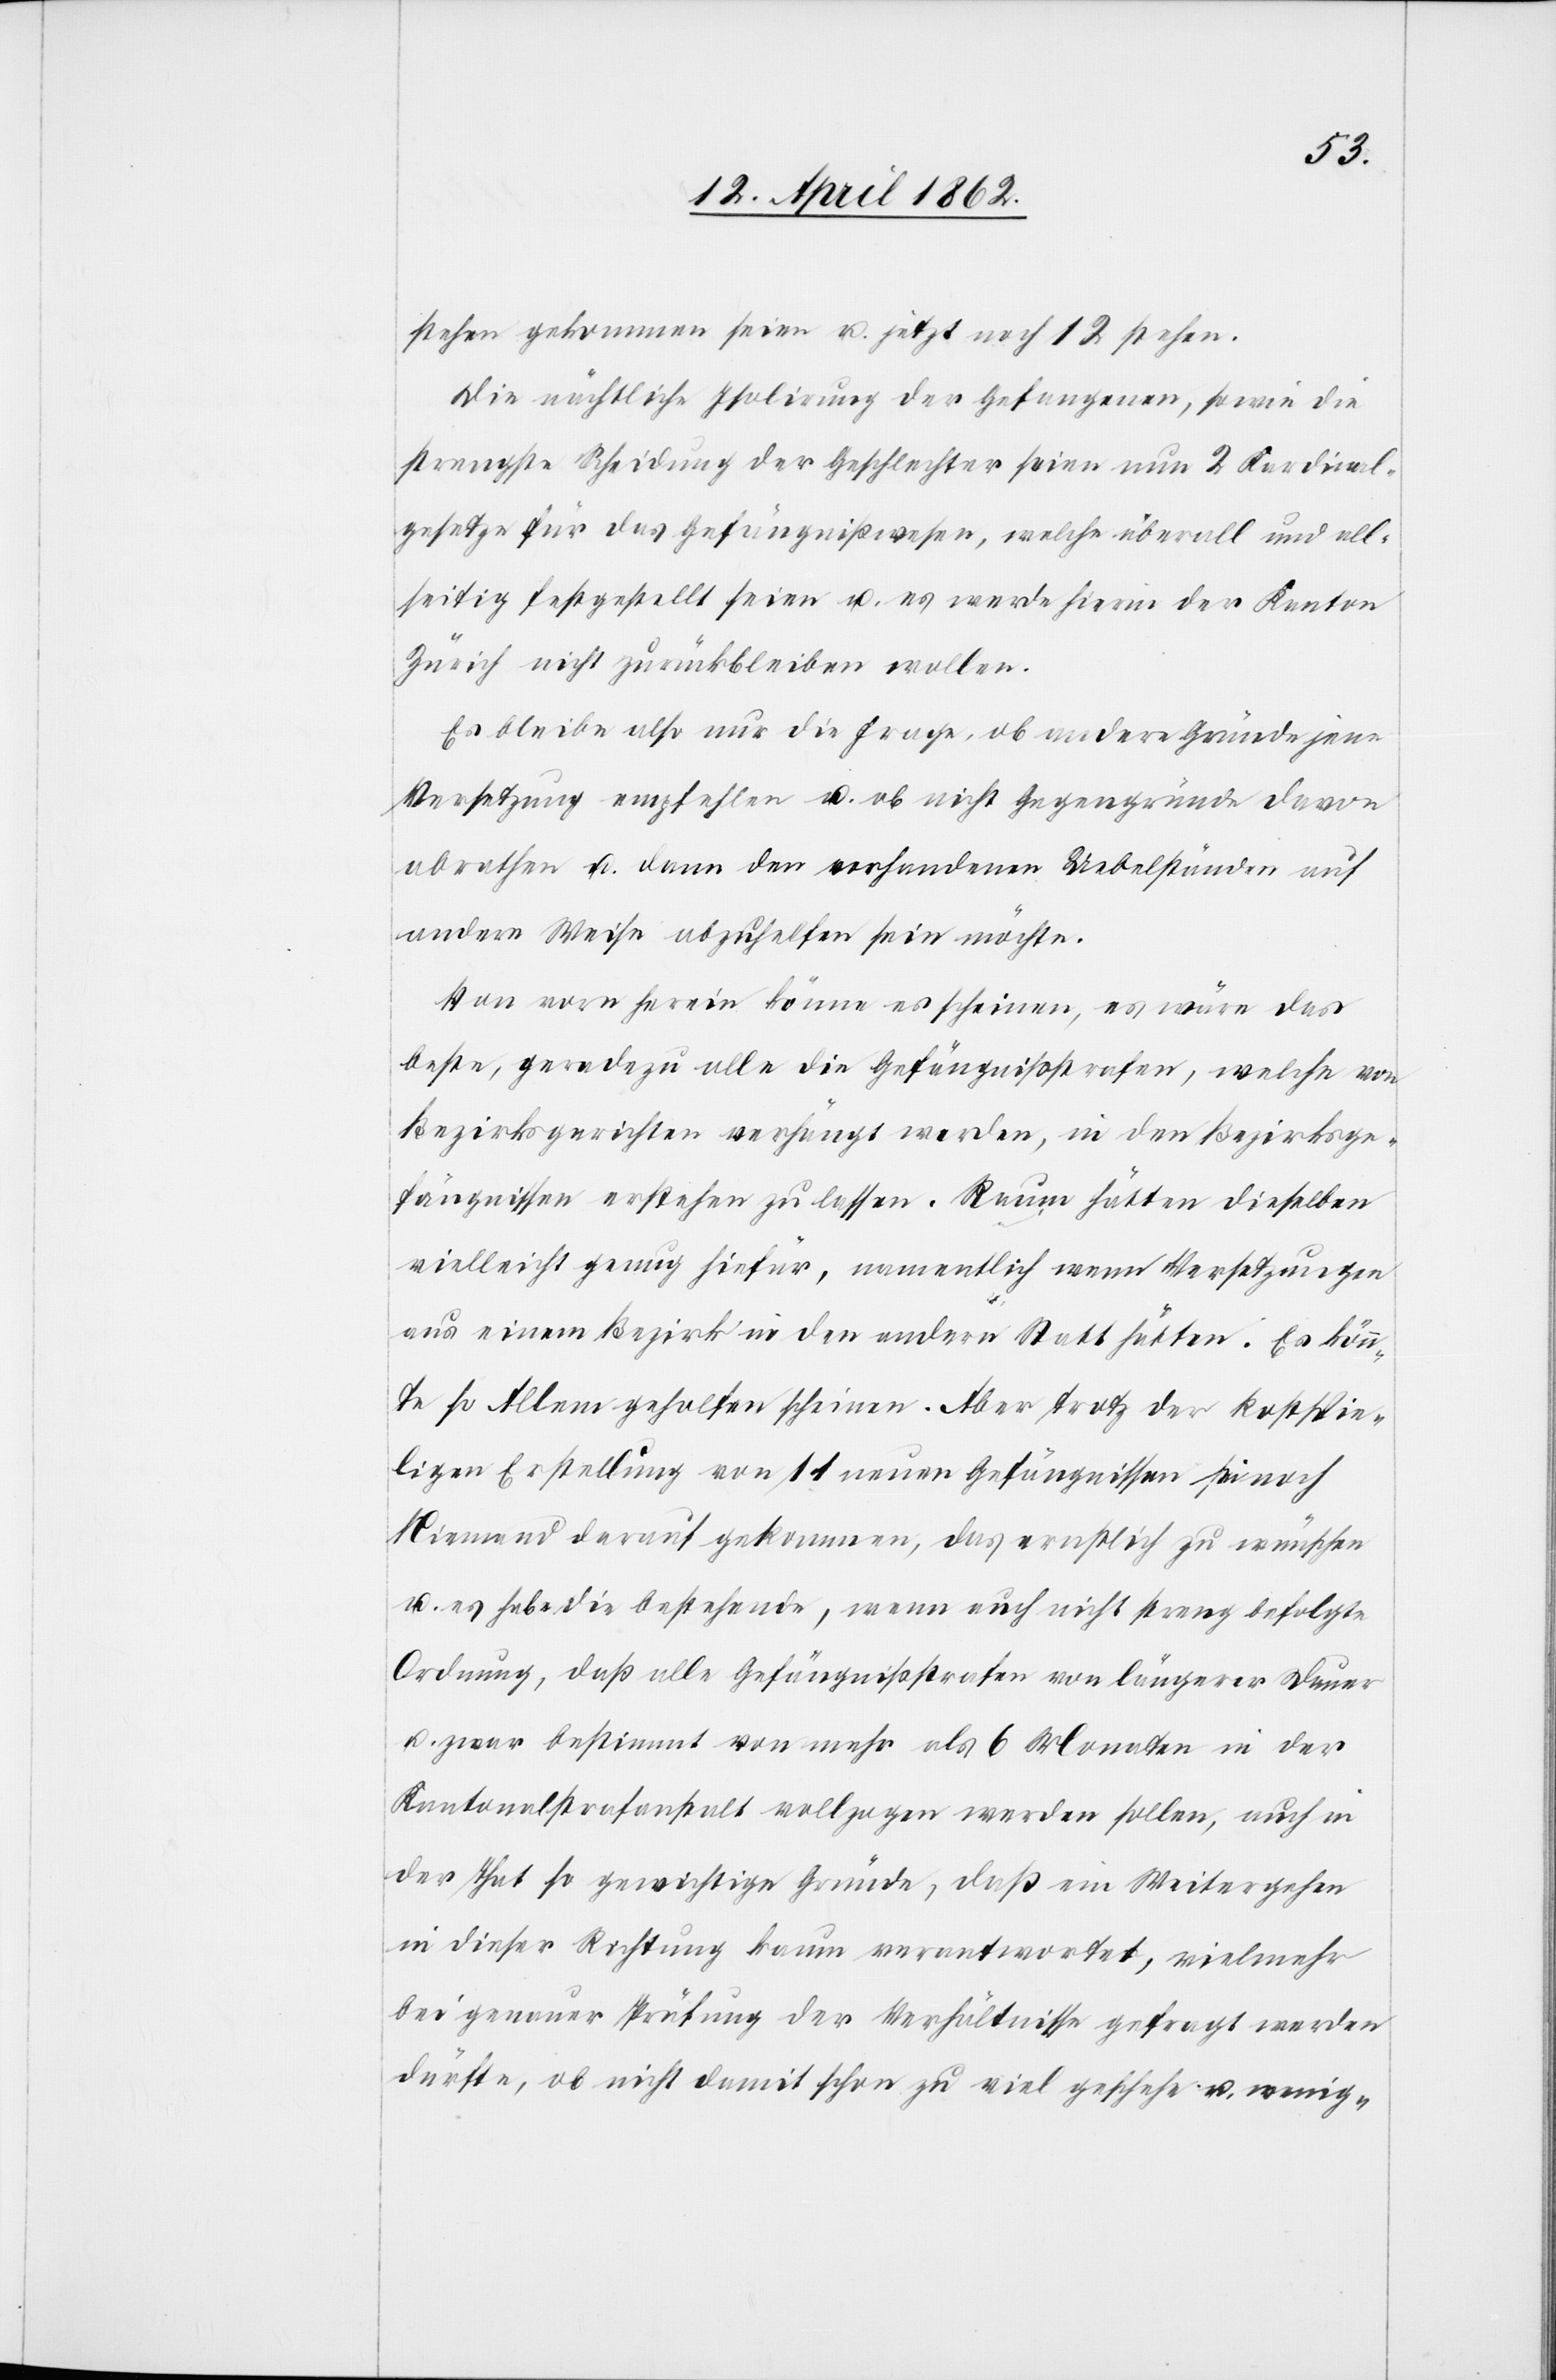
stehen gekommen seien u. jetzt noch 12 stehen.
Die nächtliche Isolirung der Gefangenen, sowie die
strengste Scheidung der Geschlechter seien nun 2 Kardinal¬
gesetze für das Gefängnißwesen, welche überall und all¬
seitig festgestellt seien u. es werde hierin der Kanton
Zürich nicht zurückbleiben wollen.
Es bleibe also nur die Frage, ob andere Gründe jene
Versetzung empfehlen u. ob nicht Gegengründe davon
abrathen u. dann den vorhandenen Uebelständen auf
andere Weise abzuhelfen sein möchte.
Von vorn herein könne es scheinen, es wäre das
beste, geradezu alle die Gefängnißstrafen, welche von
Bezirksgerichten verhängt werden, in den Bezirksge¬
fängnissen erstehen zu lassen. Raum hätten dieselben
vielleicht genug hiefür, namentlich wenn Versetzungen
aus einem Bezirk in den andern Statt hätten. Es könn¬
te so Allem geholfen scheinen. Aber trotz der kostspie¬
ligen Erstellung von 11 neuen Gefängnissen sei noch
Niemand darauf gekommen, das ernstlich zu wünschen
u. es habe die bestehende, wenn auch nicht streng befolgte
Ordnung, daß alle Gefängnißstrafen von längerer Dauer
u. zwar bestimmt von mehr als 6 Monaten in der
Kantonalstrafanstalt vollzogen werden sollen, auch in
der That so gewichtige Gründe, daß ein Weitergehen
in dieser Richtung kaum verantwortet, vielmehr
bei genauer Prüfung der Verhältnisse gefragt werden
dürfte, ob nicht damit schon zu viel geschehe u. wenig-